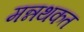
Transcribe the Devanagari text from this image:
मन्नथकत